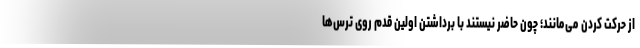
از حرکت کردن می‌مانند؛ چون حاضر نیستند با برداشتن اولین قدم روی ترس‌ها